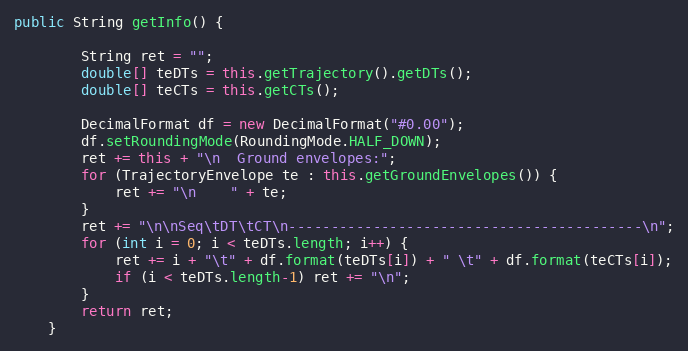
Language: Java
public String getInfo() {

		String ret = "";
		double[] teDTs = this.getTrajectory().getDTs();
		double[] teCTs = this.getCTs();

		DecimalFormat df = new DecimalFormat("#0.00");
		df.setRoundingMode(RoundingMode.HALF_DOWN);
		ret += this + "\n  Ground envelopes:";
		for (TrajectoryEnvelope te : this.getGroundEnvelopes()) {
			ret += "\n    " + te;
		}
		ret += "\n\nSeq\tDT\tCT\n------------------------------------------\n";
		for (int i = 0; i < teDTs.length; i++) {
			ret += i + "\t" + df.format(teDTs[i]) + " \t" + df.format(teCTs[i]);
			if (i < teDTs.length-1) ret += "\n";
		}
		return ret;
	}